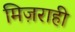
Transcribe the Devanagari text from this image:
मिज़राही